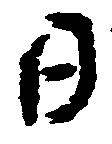
日